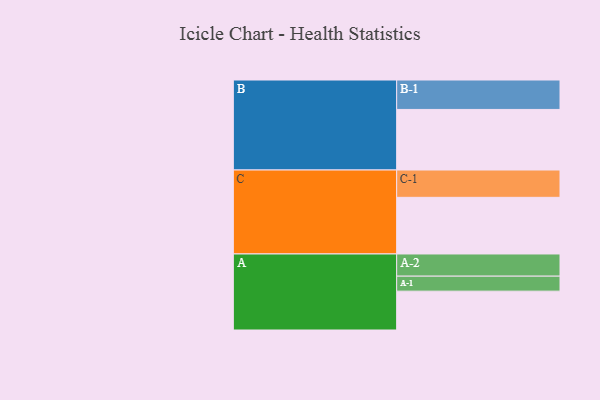
{"axis": {"x": "Segment", "y": "Value"}, "legend": ["", "A", "B", "C"], "data": [{"x": "A", "y": 347, "type": ""}, {"x": "B", "y": 541, "type": ""}, {"x": "C", "y": 506, "type": ""}, {"x": "A-1", "y": 134, "type": "A"}, {"x": "A-2", "y": 198, "type": "A"}, {"x": "B-1", "y": 263, "type": "B"}, {"x": "C-1", "y": 244, "type": "C"}]}